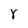
Character: Y